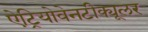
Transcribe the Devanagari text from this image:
ऐट्रियोवेनटीक्यूलर